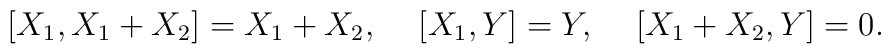
[ X_1, X_1 + X_2 ] = X_1 + X_2, \rule{0.5cm}{0cm}[ X_1, Y ] =  Y, \rule{0.5cm}{0cm}[ X_1 + X_2, Y ] =  0.